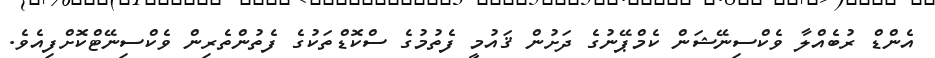
އެންޑް ރުބެއްލާ ވެކްސިނޭޝަން ކެމްޕޭނުގެ ދަށުން ޤައުމީ ފެތުމުގެ ސްކޮޑްތަކުގެ ފެތުންތެރިން ވެކްސިނޭޓްކޮށްފިއެވެ.